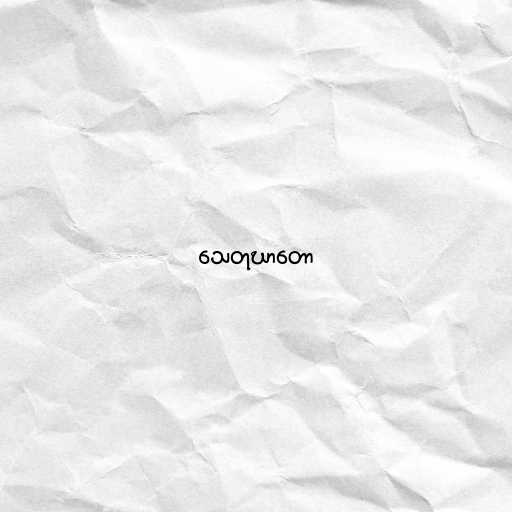
သေတုဃာတော